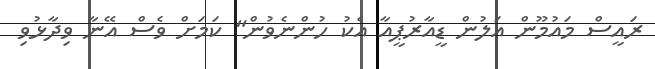
ރައީސް މައުމޫން އަލުން ޑީއާރުޕީއާ އެކު ހުންނެވުން" ކަމަށް ވެސް އޭނާ ވިދާޅުވި